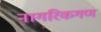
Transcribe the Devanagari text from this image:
नागरिकगण